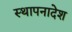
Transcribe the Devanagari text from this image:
स्थापनादेश